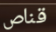
قناص